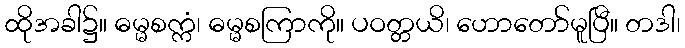
ထိုအခါ၌။ ဓမ္မစက္ကံ၊ ဓမ္မစကြာကို။ ပဝတ္တယိ၊ ဟောတော်မူပြီ။ တဒါ၊